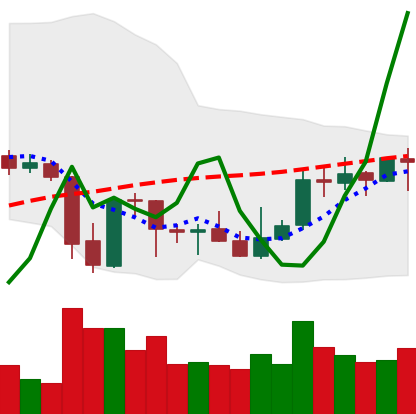
Ticker: XRP-USD
Chart end date: 2021-10-06
Forward return: 5.589%
Label: up_5_7